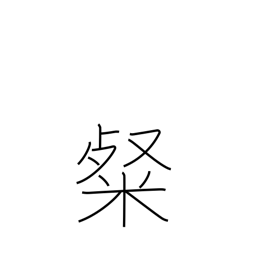
Meaning: bright